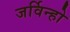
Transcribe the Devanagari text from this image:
जर्विन्हो